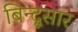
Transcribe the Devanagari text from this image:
बिन्दूसार